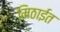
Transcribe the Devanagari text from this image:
मिठाईत